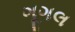
ગૂગલ